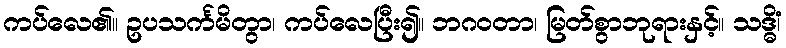
ကပ်လေ၏။ ဥပသင်္ကမိတွာ၊ ကပ်လေပြီး၍။ ဘဂဝတာ၊ မြတ်စွာဘုရားနှင့်။ သဒ္ဓိံ၊